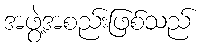
အဖွဲ့အစည်းဖြစ်သည်